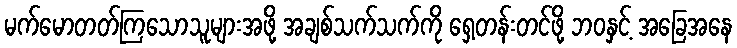
မက်မောတတ်ကြသောသူများအဖို့ အချစ်သက်သက်ကို ရှေ့တန်းတင်ဖို့ ဘဝနှင့် အခြေအနေ